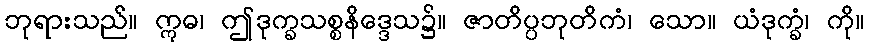
ဘုရားသည်။ ဣဓ၊ ဤဒုက္ခသစ္စနိဒ္ဒေသ၌။ ဇာတိပ္ပဘုတိကံ၊ သော။ ယံဒုက္ခံ၊ ကို။